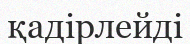
қадірлейді